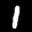
Label: 1